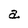
Character: a